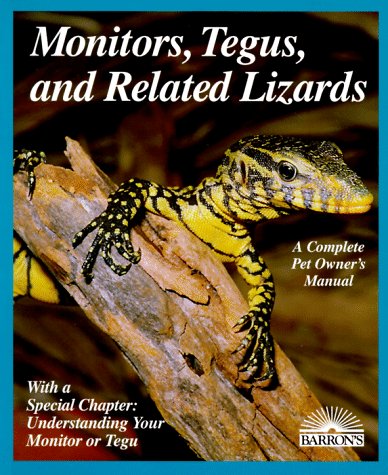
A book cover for Monitors, Tegus, and Related Lizards (Complete Pet Owner's Manuals); Richard Bartlett; Crafts, Hobbies & Home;